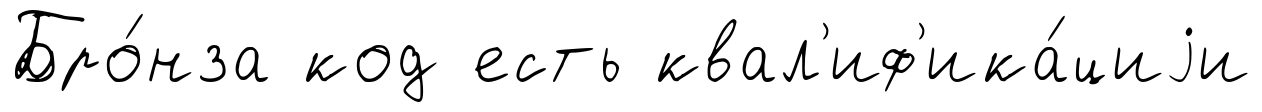
Бро́нза код есть квал'иф'ика́циjи